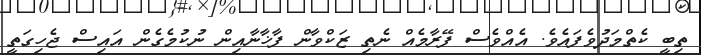
ތިބީ ކެތްމަދުވެފައެވެ. އެއްވެސް ފޭރާމެއް ނެތި ޒަކްވާން ފާޚާނާއިން ނުކުމެގެން އައިސް ޖެހިގަތީ